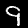
Digit: 9